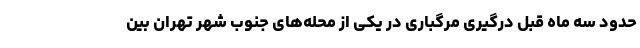
حدود سه ماه قبل درگیری مرگباری در یکی از محله‌های جنوب شهر تهران بین